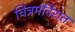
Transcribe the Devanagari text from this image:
चित्रमंदिरात